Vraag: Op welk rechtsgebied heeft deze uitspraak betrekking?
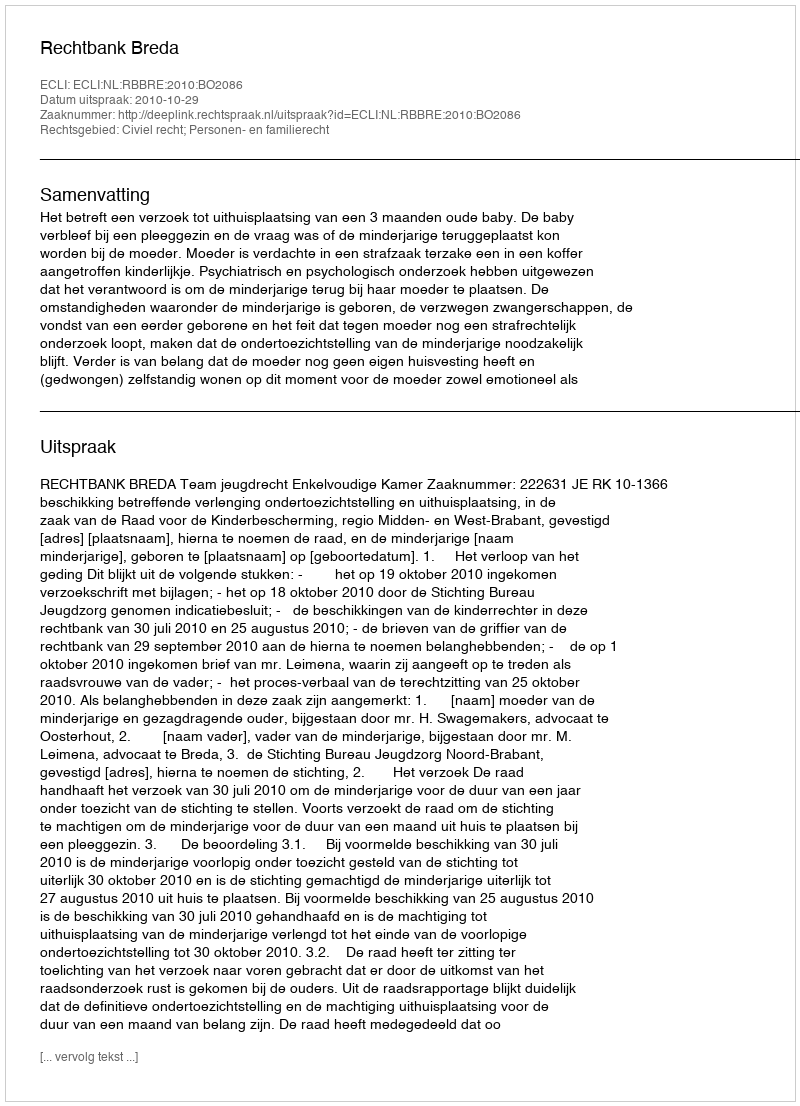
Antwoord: Civiel recht; Personen- en familierecht